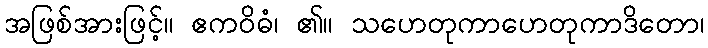
အဖြစ်အားဖြင့်။ ဧကဝိဓံ၊ ၏။ သဟေတုကာဟေတုကာဒိတော၊